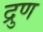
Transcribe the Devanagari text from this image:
द्रुण